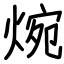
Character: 焥